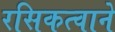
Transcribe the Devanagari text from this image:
रसिकत्वाने